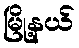
မြို့နယ်